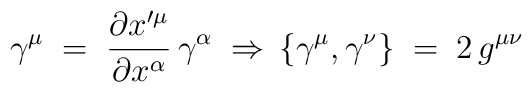
\gamma^\mu \;=\; \frac{\partial x'^\mu}{\partial x^\alpha}\, \gamma^\alpha\;\Rightarrow\, \{ \gamma^\mu , \gamma^\nu \} \;=\; 2 \,g^{\mu\nu}